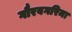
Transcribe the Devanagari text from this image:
गौरवगरिमा